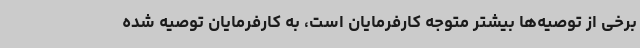
برخی از توصیه‌ها بیشتر متوجه کارفرمایان است، به کارفرمایان توصیه شده